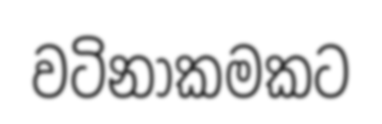
වටිනාකමකට